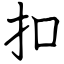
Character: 扣